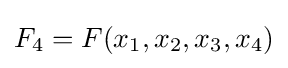
F_{4}=F(x_{1},x_{2},x_{3},x_{4})